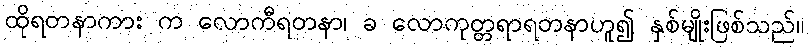
ထိုရတနာကား က လောကီရတနာ၊ ခ လောကုတ္တရာရတနာဟူ၍ နှစ်မျိုးဖြစ်သည်။